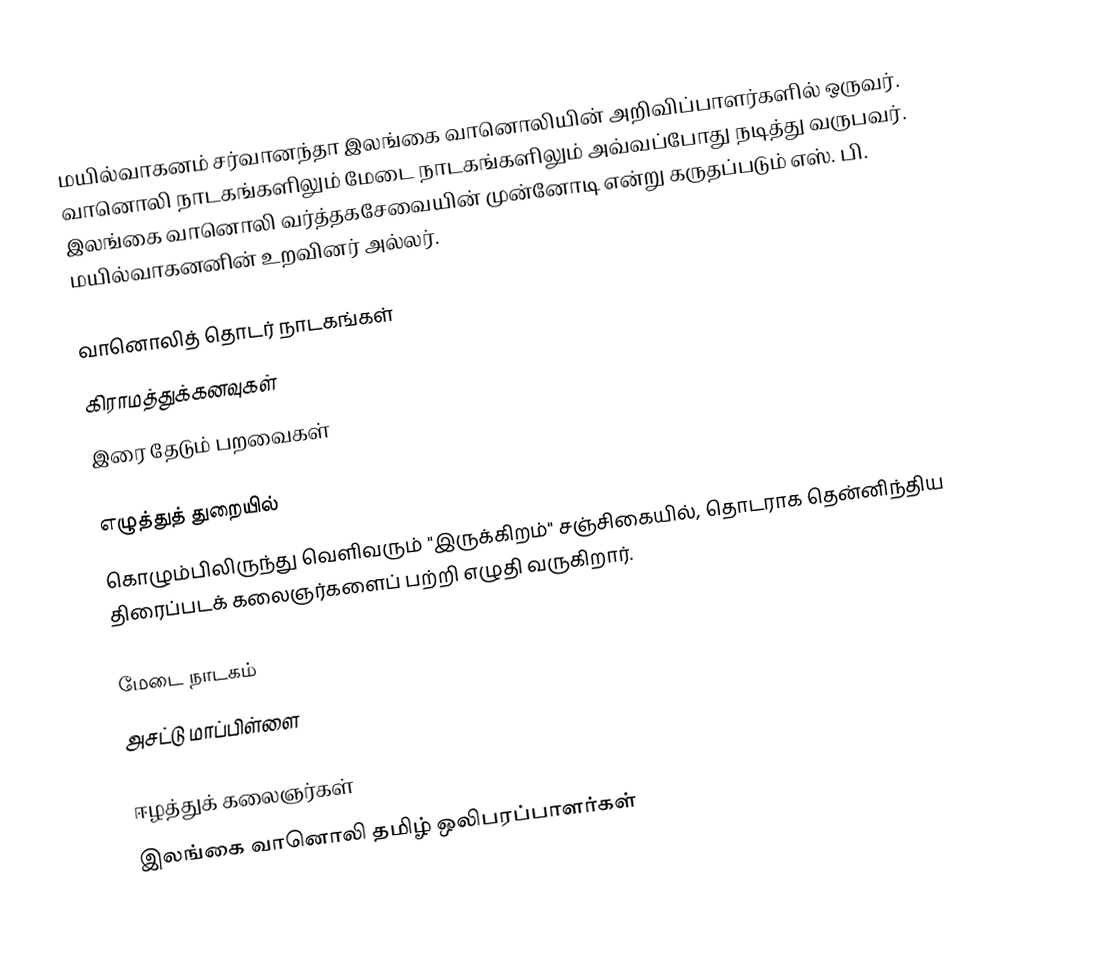
மயில்வாகனம் சர்வானந்தா இலங்கை வானொலியின் அறிவிப்பாளர்களில் ஒருவர். வானொலி நாடகங்களிலும் மேடை நாடகங்களிலும் அவ்வப்போது நடித்து வருபவர். இலங்கை வானொலி வர்த்தகசேவையின் முன்னோடி என்று கருதப்படும் எஸ். பி. மயில்வாகனனின் உறவினர் அல்லர்.

வானொலித் தொடர் நாடகங்கள்
 கிராமத்துக்கனவுகள்
 இரை தேடும் பறவைகள்

எழுத்துத் துறையில்
கொழும்பிலிருந்து வெளிவரும் "இருக்கிறம்" சஞ்சிகையில், தொடராக தென்னிந்திய திரைப்படக் கலைஞர்களைப் பற்றி எழுதி வருகிறார்.

மேடை நாடகம்
 அசட்டு மாப்பிள்ளை

ஈழத்துக் கலைஞர்கள்
இலங்கை வானொலி தமிழ் ஒலிபரப்பாளர்கள்